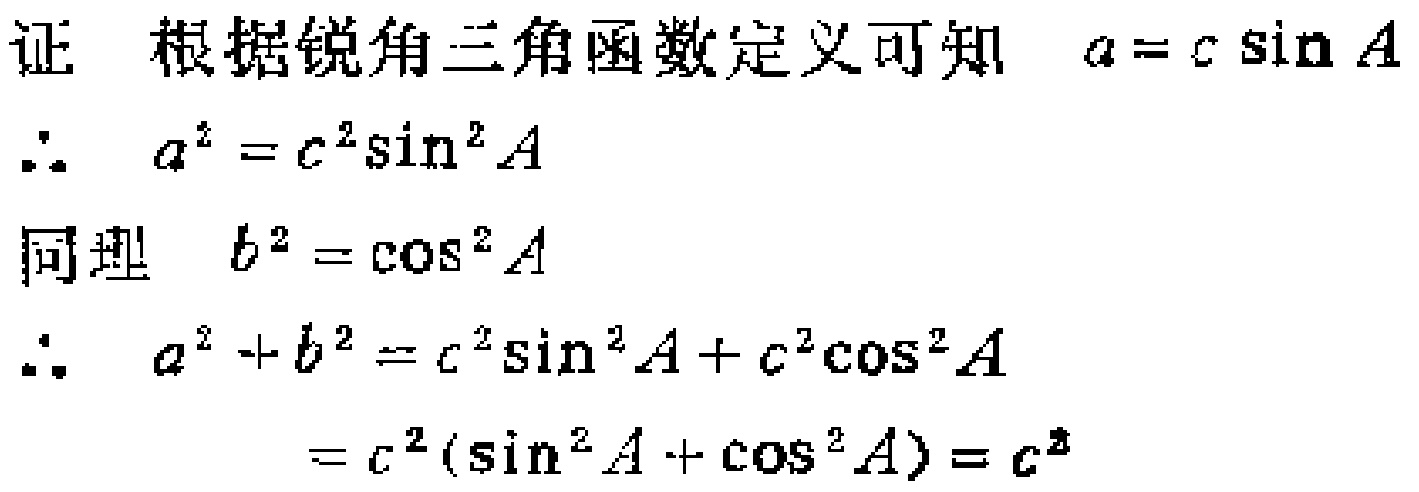
证 根据锐角三角函数定义可知 \(a = c\sin A\)

\(\therefore a^{2}=c^{2}\sin^{2}A\)

同理 \(b^{2}=c^{2}\cos^{2}A\)

\(\therefore a^{2}+b^{2}=c^{2}\sin^{2}A + c^{2}\cos^{2}A\)

\(=c^{2}(\sin^{2}A+\cos^{2}A)=c^{2}\)